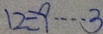
1 2 \div 9 \cdots 3